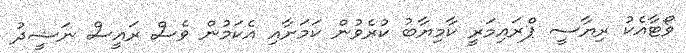
ވޯޓާއެކު ރިޔާސީ ޕްރައިމަރީ ކާމިޔާބު ކުރެވުން ކަމަށާއި އެކަމުން ވެސް ރައީސް ނަޝީދު